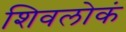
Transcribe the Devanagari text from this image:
शिवलोकं